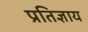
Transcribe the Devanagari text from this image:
प्रतिज्ञाय